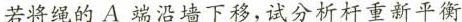
若将绳的A端沿墙下移,试分析杆重新平衡